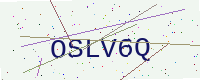
Text: OSLV6Q